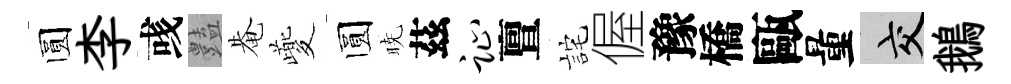
圆李彧𧰟𤲅夔圆暁茲趾亶詫偓豫橋甌量交鵝